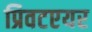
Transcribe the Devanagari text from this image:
प्रिवटएयर